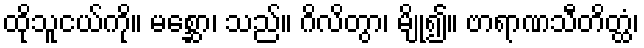
ထိုသူငယ်ကို။ မစ္ဆော၊ သည်။ ဂိလိတွာ၊ မျို၍။ ဗာရာဏသီတိတ္ထံ၊